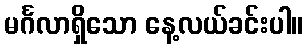
မင်္ဂလာရှိသော နေ့လယ်ခင်းပါ။